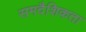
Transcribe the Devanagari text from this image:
समदैशिकता